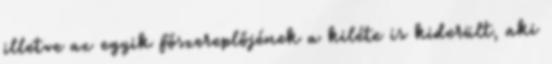
illetve az egyik főszereplőjének a kiléte is kiderült, aki